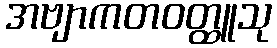
အဗျာကတဝတ္ထူသု